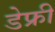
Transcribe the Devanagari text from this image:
डेफ्री